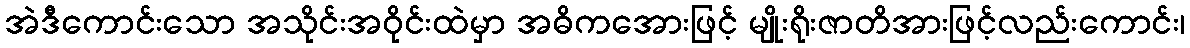
အဲဒီကောင်းသော အသိုင်းအဝိုင်းထဲမှာ အဓိကအေားဖြင့် မျိုးရိုးဇာတိအားဖြင့်လည်းကောင်း၊